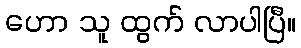
ဟော သူ ထွက် လာပါပြီ။